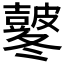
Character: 𭽸